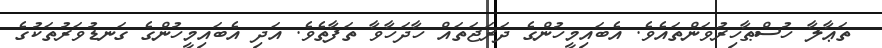
ތަޢާލާ ހުސްޠާހިރުވަންތައެވެ. އެބައިމީހުންގެ ދަރަޖަތައް ހާދަހާވާ ތަފާތެވެ. އަދި އެބައިމީހުންގެ ގަނޑުވަރުތަކުގެ